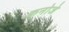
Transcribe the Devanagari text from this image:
कनोजे